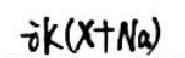
\(\partial k(x + N a)\)